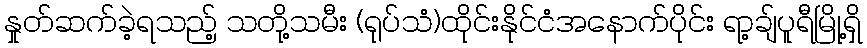
နှုတ်ဆက်ခဲ့ရသည့် သတို့သမီး (ရုပ်သံ)ထိုင်းနိုင်ငံအနောက်ပိုင်း ရာ့ချ်ပူရီမြို့ရှိ